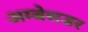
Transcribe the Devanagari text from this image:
अम्बेसडर